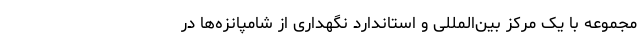
مجموعه با یک مرکز بین‌المللی و استاندارد نگهداری از شامپانزه‌ها در